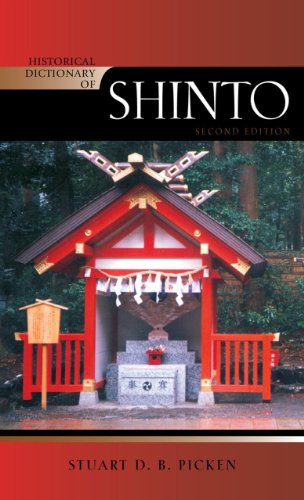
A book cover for Historical Dictionary of Shinto (Historical Dictionaries of Religions, Philosophies, and Movements Series); Stuart D.B. Picken; Religion & Spirituality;